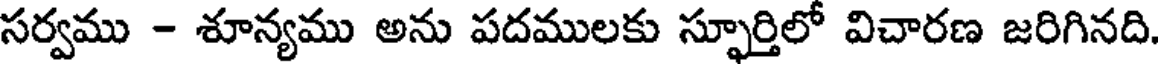
సర్వము - శూన్యము అను పదములకు స్ఫూర్తిలో విచారణ జరిగినది